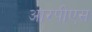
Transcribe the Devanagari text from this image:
आरपीएस